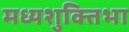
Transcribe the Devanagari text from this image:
मध्यशुक्तिभा